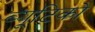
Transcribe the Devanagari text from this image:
ब्यूटिको